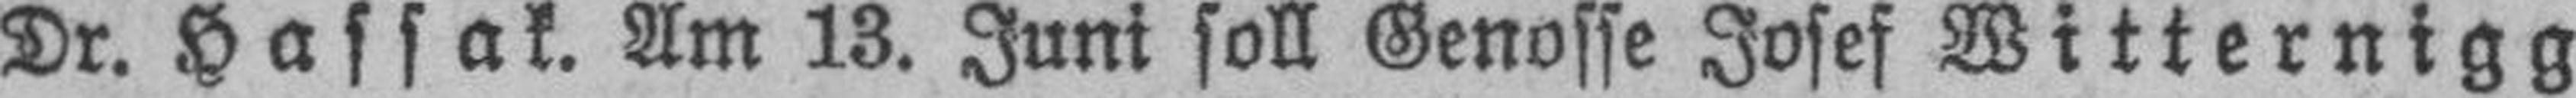
Dr. Hassak. Am 13. Juni soll Genosse Josef Witternigg